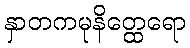
နှာတကမုနိတ္ထေရော